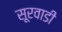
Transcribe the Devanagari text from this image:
सूरवाडी